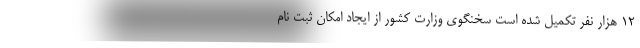
۱۲ هزار نفر تکمیل شده است سخنگوی وزارت کشور از ایجاد امکان ثبت نام